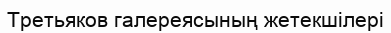
Третьяков галереясының жетекшілері